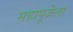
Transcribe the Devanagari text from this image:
महापूजेला